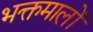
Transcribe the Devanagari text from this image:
भक्तमालों